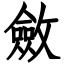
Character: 斂